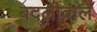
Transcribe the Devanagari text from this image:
बदलीवाले